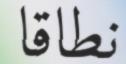
نطاقا